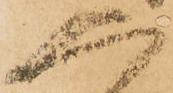
人